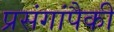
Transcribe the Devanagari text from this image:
प्रसंगांपैकी